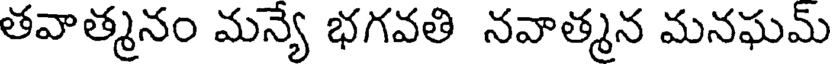
తవాత్మనం మన్యే భగవతి నవాత్మన మనఘమ్